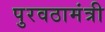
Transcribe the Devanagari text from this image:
पुरवठामंत्री